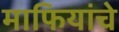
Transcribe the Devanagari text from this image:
माफियांचे